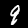
Label: 9